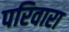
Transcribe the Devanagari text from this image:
परिवारा